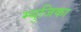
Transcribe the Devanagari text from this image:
म्युजिका